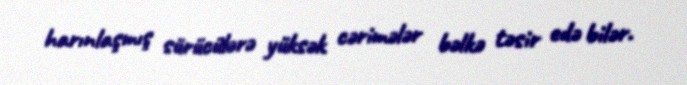
harınlaşmış sürücülərə yüksək cərimələr bəlkə təsir edə bilər.